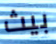
بيث